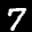
Label: 7